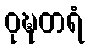
ဝုဍ္ဎတရံ